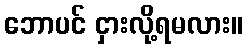
ဘောပင် ငှားလို့ရမလား။